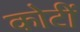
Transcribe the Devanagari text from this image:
कोटीं